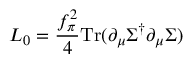
L _ { 0 } = { \frac { f _ { \pi } ^ { 2 } } { 4 } } \mathrm { T r } ( \partial _ { \mu } \Sigma ^ { \dagger } \partial _ { \mu } \Sigma )